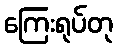
ကြေးရုပ်တု